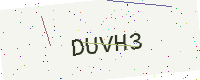
Text: DUVH3